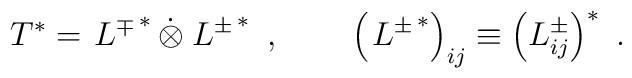
T^*=\left.L^\mp\right.^*\dot{\otimes}\left.L^\pm\right.^*~,~~~~~~\left(\left.L^\pm\right.^*\right)_{ij}\equiv \left(L^\pm_{ij}\right)^*~.